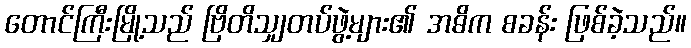
တောင်ကြီးမြို့သည် ဗြိတိသျှတပ်ဖွဲ့များ၏ အဓိက စခန်း ဖြစ်ခဲ့သည်။